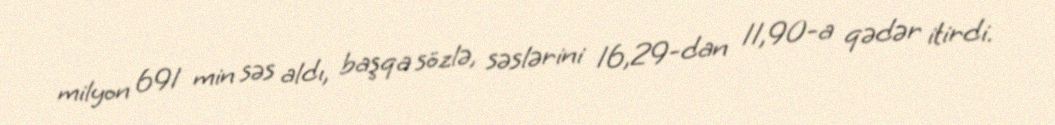
milyon 691 min səs aldı, başqa sözlə, səslərini 16,29-dan 11,90-a qədər itirdi.